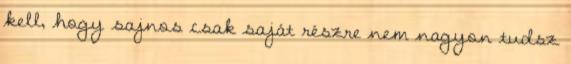
kell, hogy sajnos csak saját részre nem nagyon tudsz